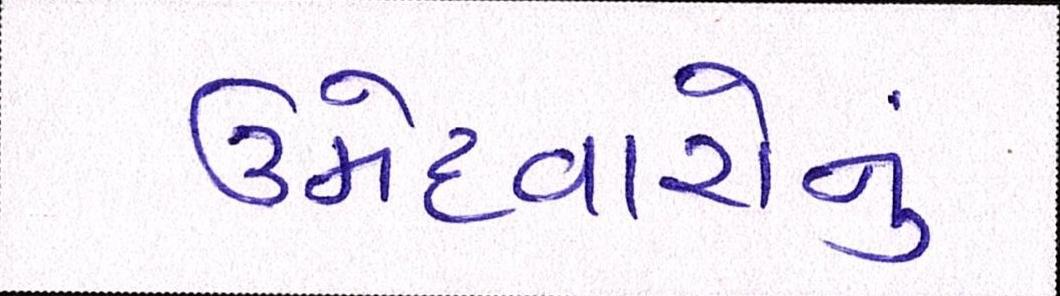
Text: ઉમેદવારોનું